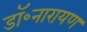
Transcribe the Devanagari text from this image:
डॉ॰नारायण